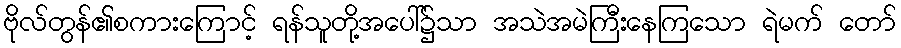
ဗိုလ်တွန်၏စကားကြောင့် ရန်သူတို့အပေါ်၌သာ အသဲအမဲကြီးနေကြသော ရဲမက် တော်